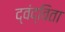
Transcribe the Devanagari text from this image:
द्वंद्विता